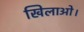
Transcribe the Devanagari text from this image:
खिलाओ।